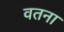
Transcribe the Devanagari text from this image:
वतना